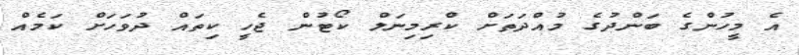
އެ މީހުންގެ ބަންދުގެ މުއްދަތަށް ކްރިމިނަލް ކޯޓުން ޖެހީ ކިތައް ދުވަހަށް ކަމެއް